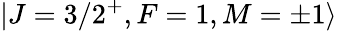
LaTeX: |J=3/2^{+},F=1,M=\pm 1\rangle